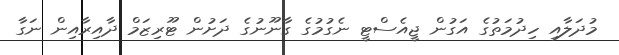
މުދަލާއި ހިދުމަތުގެ އަގުން ޖީއެސްޓީ ނެގުމުގެ ގާނޫނުގެ ދަށުން ޓޫރިޒަމް ދާއިރާއިން ނަގާ